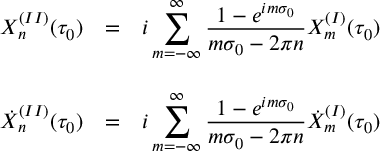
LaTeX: \begin{array} { l c l } { { X _ { n } ^ { ( I I ) } ( \tau _ { 0 } ) } } & { { = } } & { { { \displaystyle i \sum _ { m = - \infty } ^ { \infty } \frac { 1 - e ^ { i m \sigma _ { 0 } } } { m \sigma _ { 0 } - 2 \pi n } X _ { m } ^ { ( I ) } ( \tau _ { 0 } ) } } } \\ { { } } & { { } } & { { } } \\ { { { \dot { X } } _ { n } ^ { ( I I ) } ( \tau _ { 0 } ) } } & { { = } } & { { { \displaystyle i \sum _ { m = - \infty } ^ { \infty } \frac { 1 - e ^ { i m \sigma _ { 0 } } } { m \sigma _ { 0 } - 2 \pi n } { \dot { X } } _ { m } ^ { ( I ) } ( \tau _ { 0 } ) } } } \end{array}